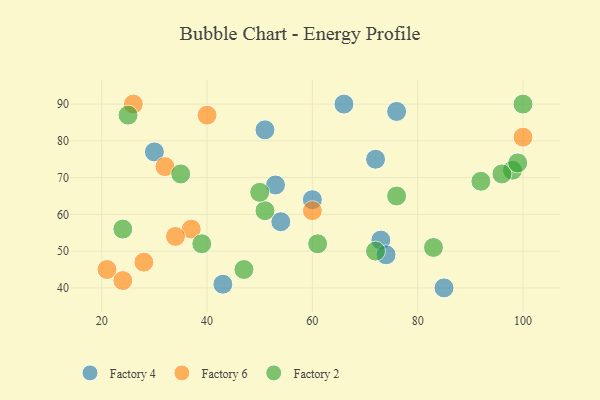
{"axis": {"x": "GDP", "y": "Life Expectancy"}, "legend": ["Factory 2", "Factory 4", "Factory 6"], "data": [{"x": "53", "y": 68, "type": "Factory 4"}, {"x": "72", "y": 75, "type": "Factory 4"}, {"x": "66", "y": 90, "type": "Factory 4"}, {"x": "85", "y": 40, "type": "Factory 4"}, {"x": "76", "y": 88, "type": "Factory 4"}, {"x": "30", "y": 77, "type": "Factory 4"}, {"x": "43", "y": 41, "type": "Factory 4"}, {"x": "51", "y": 83, "type": "Factory 4"}, {"x": "73", "y": 53, "type": "Factory 4"}, {"x": "74", "y": 49, "type": "Factory 4"}, {"x": "54", "y": 58, "type": "Factory 4"}, {"x": "60", "y": 64, "type": "Factory 4"}, {"x": "21", "y": 45, "type": "Factory 6"}, {"x": "26", "y": 90, "type": "Factory 6"}, {"x": "37", "y": 56, "type": "Factory 6"}, {"x": "32", "y": 73, "type": "Factory 6"}, {"x": "28", "y": 47, "type": "Factory 6"}, {"x": "40", "y": 87, "type": "Factory 6"}, {"x": "24", "y": 42, "type": "Factory 6"}, {"x": "100", "y": 81, "type": "Factory 6"}, {"x": "34", "y": 54, "type": "Factory 6"}, {"x": "60", "y": 61, "type": "Factory 6"}, {"x": "35", "y": 71, "type": "Factory 2"}, {"x": "76", "y": 65, "type": "Factory 2"}, {"x": "51", "y": 61, "type": "Factory 2"}, {"x": "25", "y": 87, "type": "Factory 2"}, {"x": "98", "y": 72, "type": "Factory 2"}, {"x": "83", "y": 51, "type": "Factory 2"}, {"x": "39", "y": 52, "type": "Factory 2"}, {"x": "50", "y": 66, "type": "Factory 2"}, {"x": "96", "y": 71, "type": "Factory 2"}, {"x": "99", "y": 74, "type": "Factory 2"}, {"x": "92", "y": 69, "type": "Factory 2"}, {"x": "61", "y": 52, "type": "Factory 2"}, {"x": "24", "y": 56, "type": "Factory 2"}, {"x": "72", "y": 50, "type": "Factory 2"}, {"x": "100", "y": 90, "type": "Factory 2"}, {"x": "47", "y": 45, "type": "Factory 2"}]}